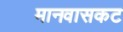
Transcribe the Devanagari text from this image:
मानवासकट